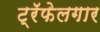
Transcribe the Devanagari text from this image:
ट्रॅफेलगार